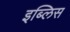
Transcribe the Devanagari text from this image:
इब्लिस